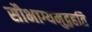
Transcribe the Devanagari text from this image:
सौभाग्यमुद्वहति